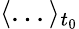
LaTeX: \langle...\rangle_{t_{0}}